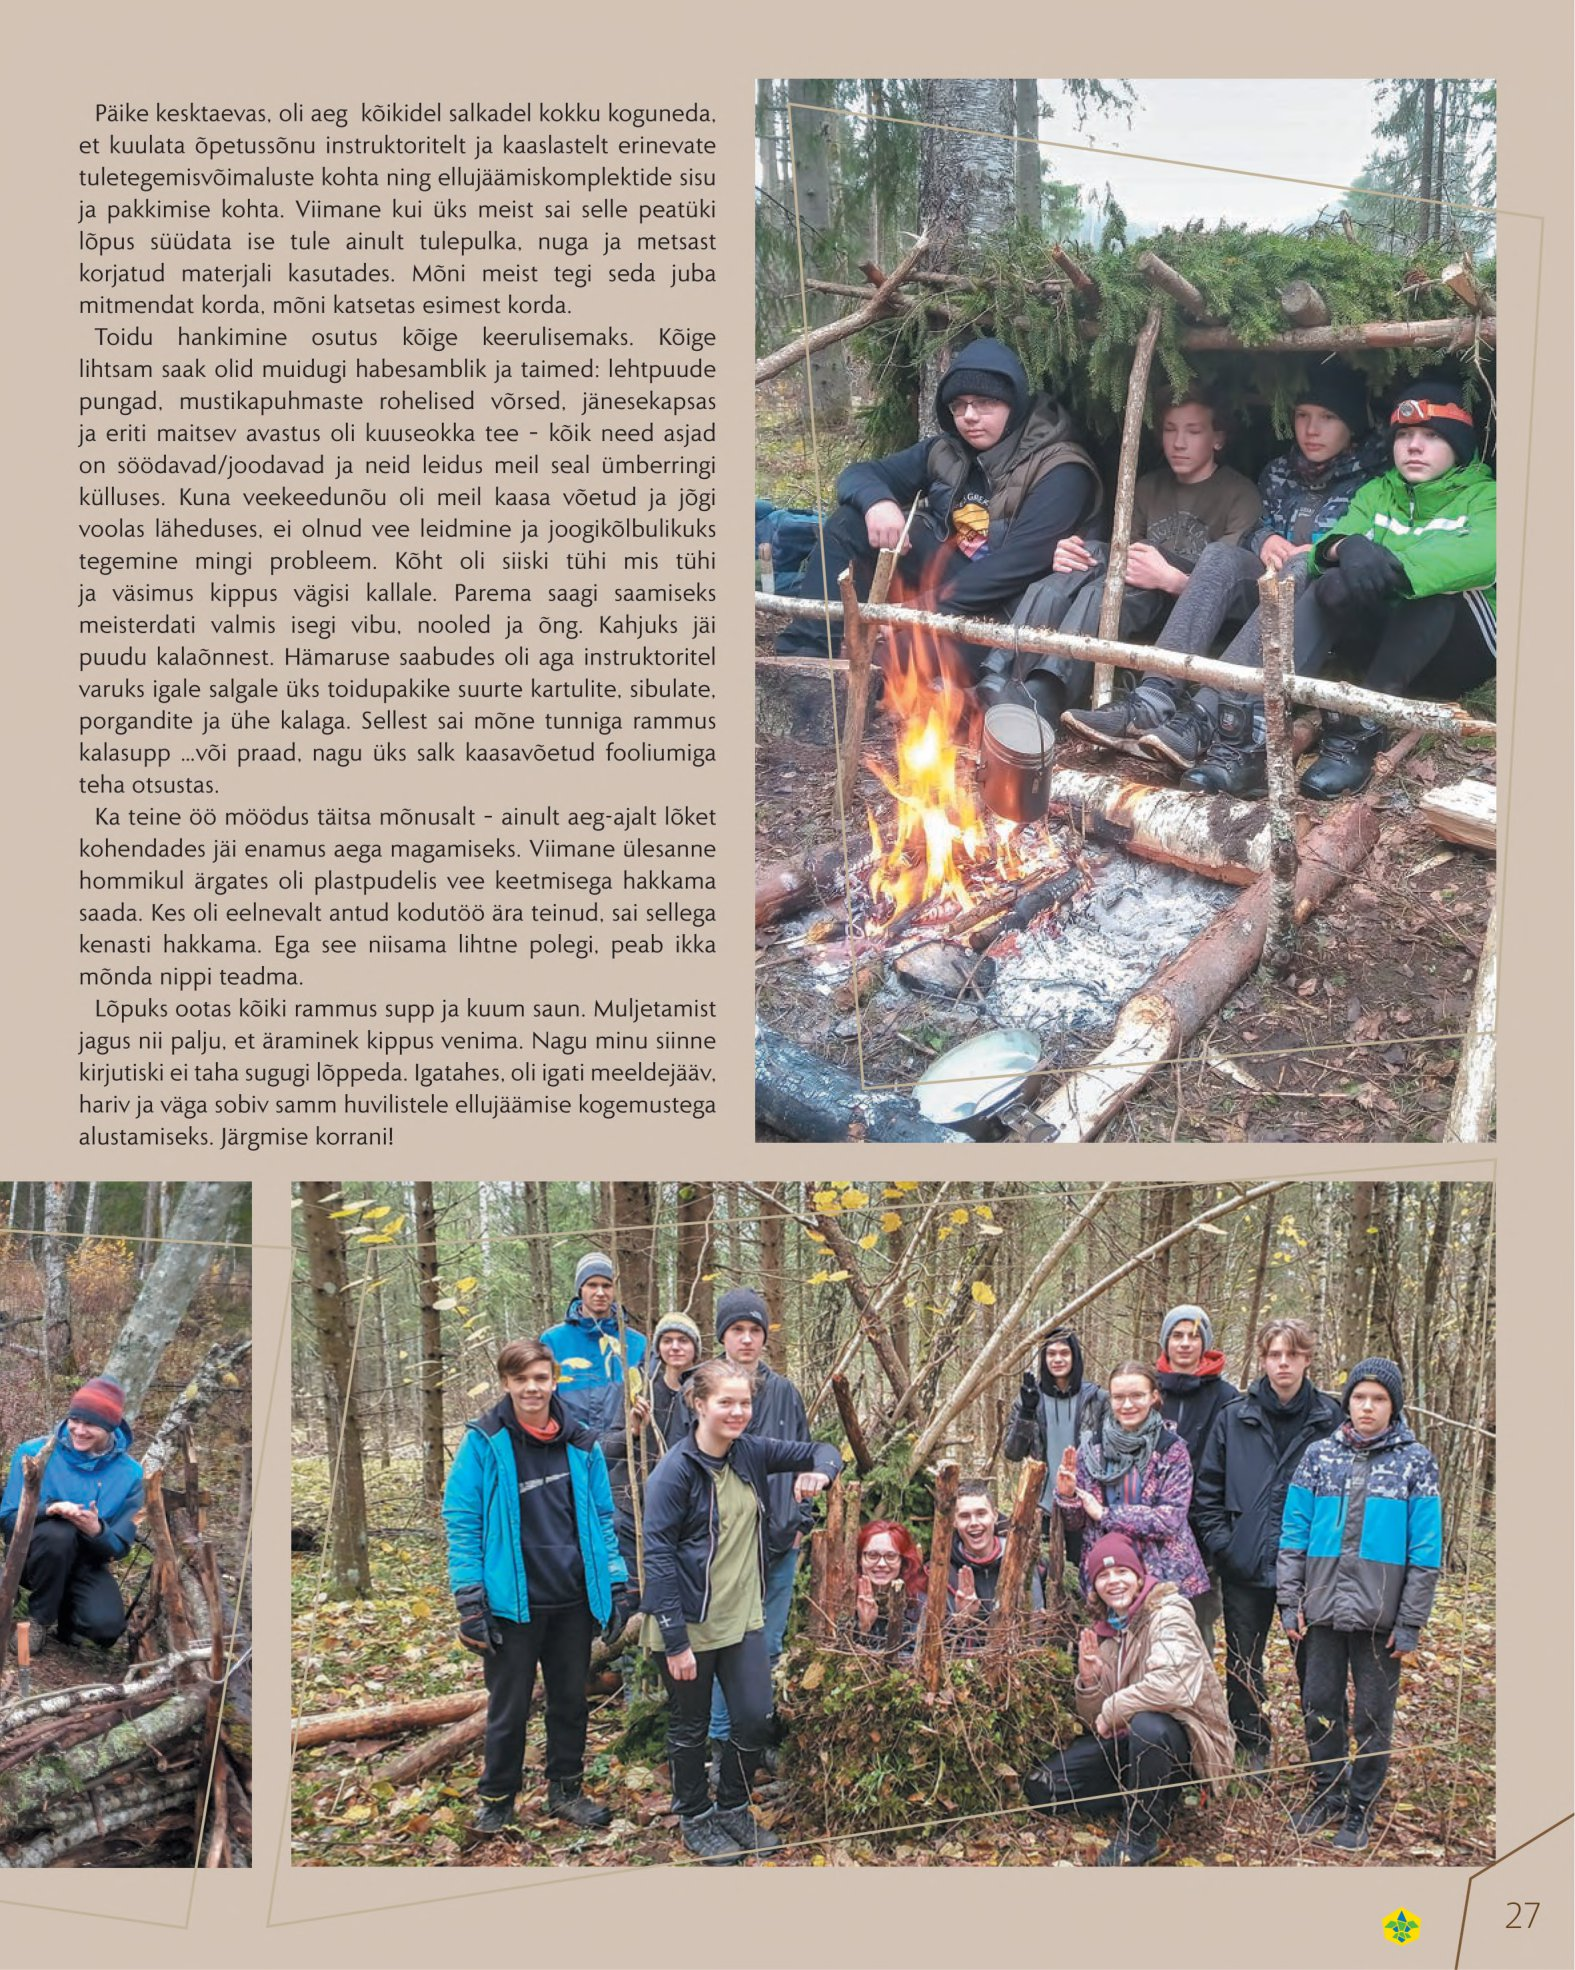
Language: et